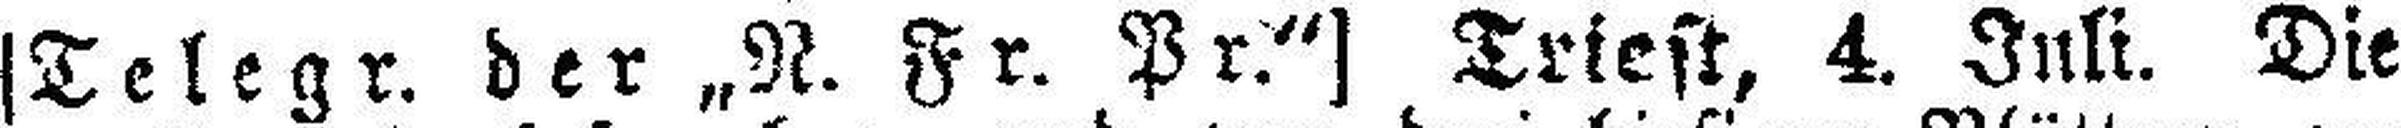
[Telegr. der „N. Fr. Pr.“] Triest, 4. Juli. Die